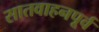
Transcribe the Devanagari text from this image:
सातवाहनपूर्व